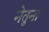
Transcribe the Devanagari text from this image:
नेतुना